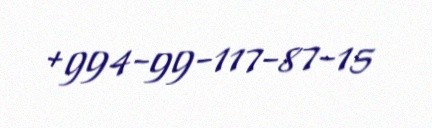
+994-99-117-87-15